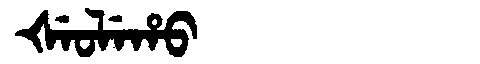
Manchu: ᡧᡝᠣᠯᡝᡥᠣ
Romanization: ŠEOLEHO